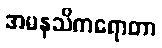
အမနသိကရောတာ